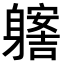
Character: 𨊊